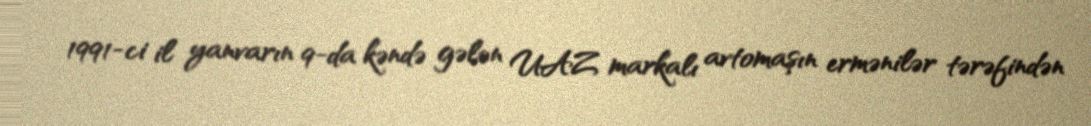
1991-ci il yanvarın 9-da kəndə gələn UAZ markalı avtomaşın ermənilər tərəfindən